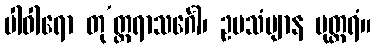
ပါဝါရော တု’တ္တရာသင်္ဂေါ၊ ဥပသံဗျာန မုတ္တရံ။